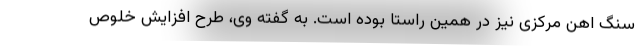
سنگ اهن مرکزی نیز در همین راستا بوده است. به گفته وی، طرح افزایش خلوص